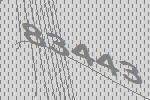
83443